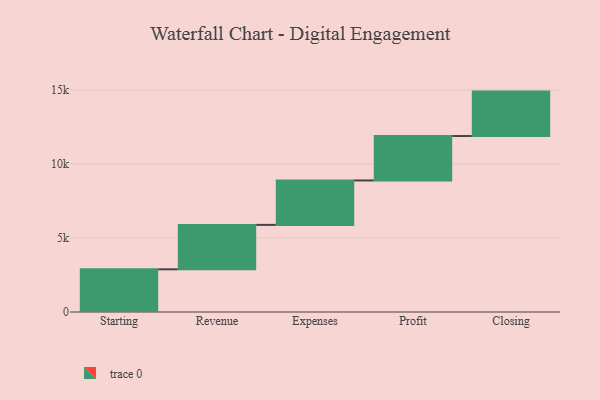
{"axis": {"x": "Step", "y": "Value"}, "legend": [""], "data": [{"x": "Starting", "y": 2883.0, "type": ""}, {"x": "Revenue", "y": 3000, "type": ""}, {"x": "Expenses", "y": 3000, "type": ""}, {"x": "Profit", "y": 3000, "type": ""}, {"x": "Closing", "y": 3000, "type": ""}]}